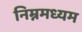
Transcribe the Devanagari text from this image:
निम्नमध्यम